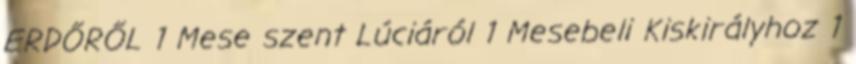
ERDŐRŐL 1 Mese szent Lúciáról 1 Mesebeli Kiskirályhoz 1